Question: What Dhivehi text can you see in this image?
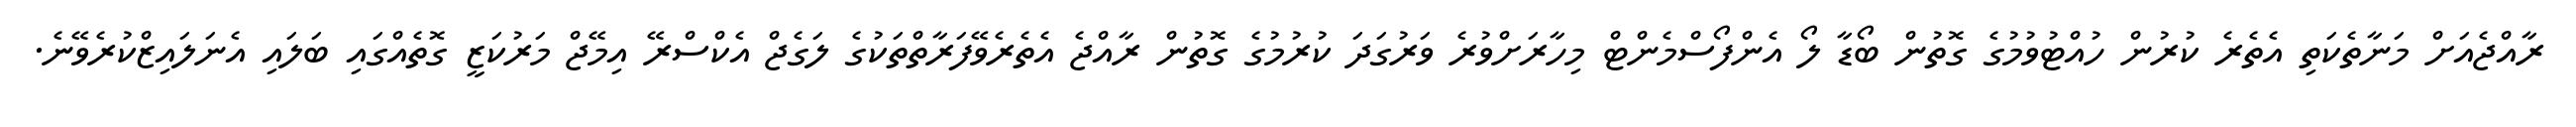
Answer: ރާއްޖެއަށް މަނާތެކަތި އެތެރެ ކުރުން ހުއްޓުވުމުގެ ގޮތުން ބޯޑާ ލޯ އެންފޯސްމެންޓް މިހާރަށްވުރެ ވަރުގަދަ ކުރުމުގެ ގޮތުން ރާއްޖެ އެތެރެވޭފަރާތްތަކުގެ ލަގެޖް އެކްސްރޭ އިމޭޖް މަރުކަޒީ ގޮތެއްގައި ބަލައި އެނަލައިޒްކުރެވޭނެ.